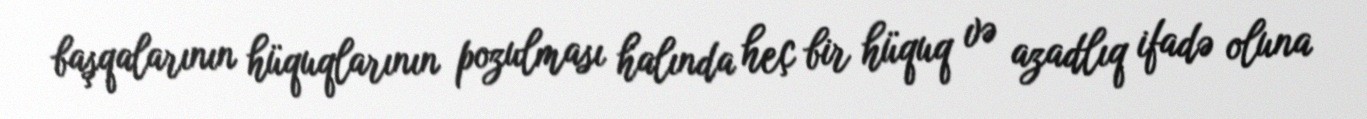
başqalarının hüquqlarının pozulması halında heç bir hüquq və azadlıq ifadə oluna